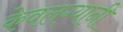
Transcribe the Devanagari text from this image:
केवलग्यानी